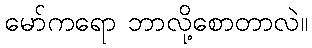
မော်ကရော ဘာလို့စောတာလဲ။